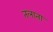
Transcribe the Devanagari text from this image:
तलाता